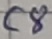
Text: C8